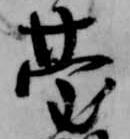
台